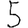
Digit: 5